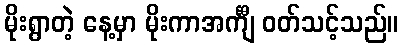
မိုးရွာတဲ့ နေ့မှာ မိုးကာအင်္ကျီ ဝတ်သင့်သည်။